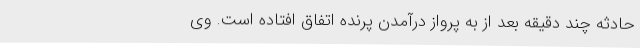
حادثه چند دقیقه بعد از به پرواز درآمدن پرنده اتفاق افتاده است. وی